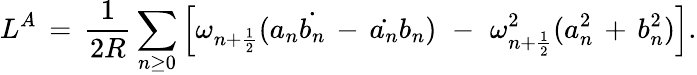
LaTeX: L^{A}\, =\, \frac{1}{2R}\sum_{n\geq 0}\left[\omega_{n+\frac{1}{2}}(a_{n}\dot{b_{n}}\, -\, \dot{a_{n}}b_{n})\, \, -\, \, \omega_{n+\frac{1}{2}}^{2}(a_{n}^{2}\, +\, b_{n}^{2})\right].